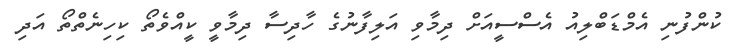
ކުންފުނި އެމްޑަބްލިއު އެސްސީއަށް ދިމާވި އަލިފާނުގެ ހާދިސާ ދިމާވީ ކީއްވެތޯ ކިހިނެތްތޯ އަދި